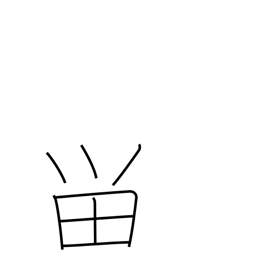
Meaning: halt